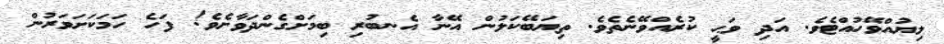
ލިޔުއްވޭހުއްޓެވެ. އަދި ވަޙީ ކުރެއްވޭނެތެވެ. ތިޔަބޭކަލުން އޭނާ އެނބުރި ބިމަށްގެންދަވާށެވެ! ފަހެ ހަމަކަށަވަރުން